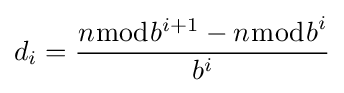
d_{i}={\frac {n{\bmod {b^{i+1}}}-n{\bmod {b}}^{i}}{b^{i}}}